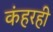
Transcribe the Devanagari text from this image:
कंहरही